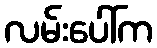
လမ်းပေါ်က